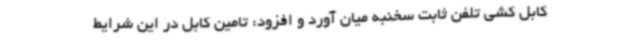
کابل کشی تلفن ثابت سخنبه میان آورد و افزود: تامین کابل در این شرایط